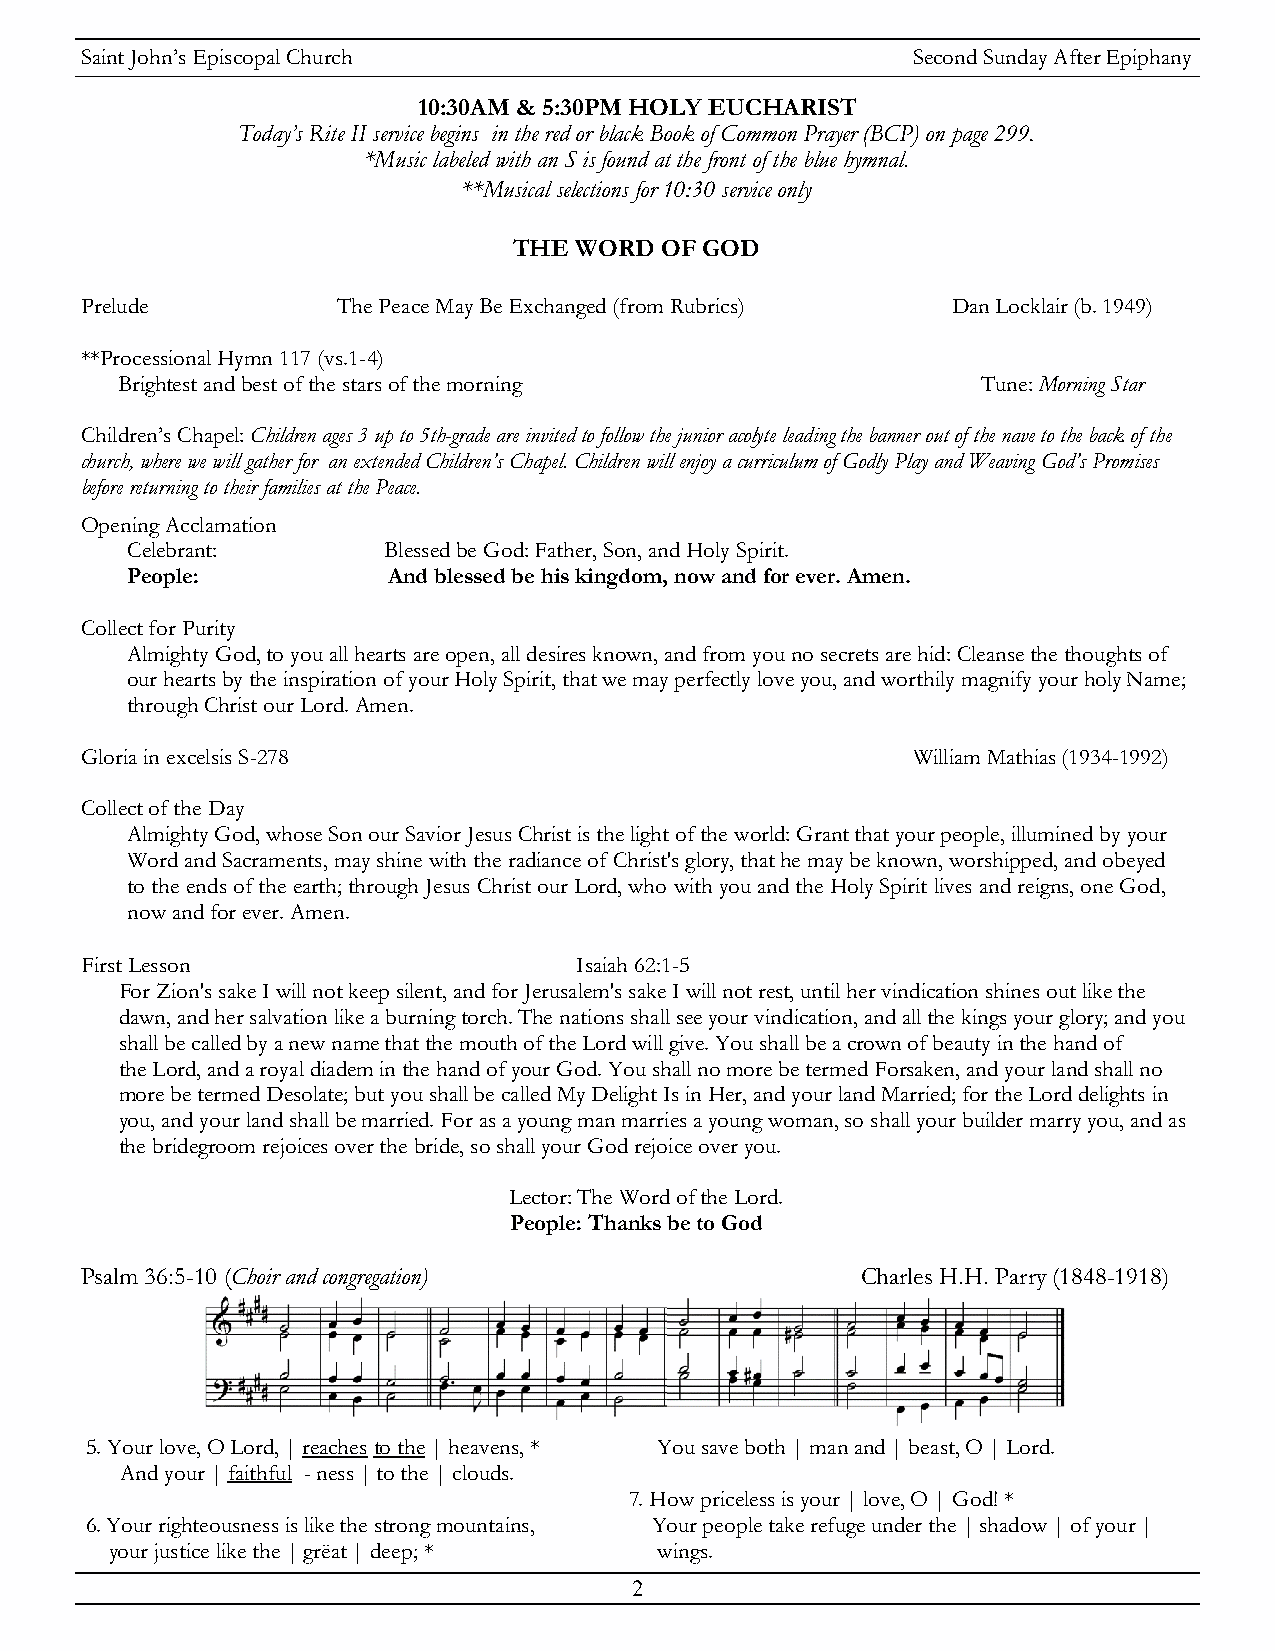
Saint John’s Episcopal Church                          Second Sunday After Epiphany
 10:30AM & 5:30PM HOLY EUCHARIST
 Today’s Rite II service begins in the red or black Book of Common Prayer (BCP) on page 299.
 *Music labeled with an S is found at the front of the blue hymnal.
 **Musical selections for 10:30 service only
 THE WORD  OF GOD
 Prelude          The Peace May Be Exchanged (from Rubrics) Dan Locklair (b. 1949)
 **Processional Hymn 117 (vs.1-4)
 Brightest and best of the stars of the morning           Tune: Morning Star
 Children’s Chapel: Children ages 3 up to 5th-grade are invited to follow the junior acolyte leading the banner out of the nave to the back of the
 church, where we will gather for an extended Children’s Chapel. Children will enjoy a curriculum of Godly Play and Weaving God’s Promises
 before returning to their families at the Peace.
 Opening Acclamation
 Celebrant:       Blessed be God: Father, Son, and Holy Spirit.
 People:           And blessed be his kingdom, now and for ever. Amen.
 Collect for Purity
 Almighty God, to you all hearts are open, all desires known, and from you no secrets are hid: Cleanse the thoughts of
 our hearts by the inspiration of your Holy Spirit, that we may perfectly love you, and worthily magnify your holy Name;
 through Christ our Lord. Amen.
 Gloria in excelsis S-278                               William Mathias (1934-1992)
 Collect of the Day
 Almighty God, whose Son our Savior Jesus Christ is the light of the world: Grant that your people, illumined by your
 Word and Sacraments, may shine with the radiance of Christ's glory, that he may be known, worshipped, and obeyed
 to the ends of the earth; through Jesus Christ our Lord, who with you and the Holy Spirit lives and reigns, one God,
 now and for ever. Amen.
 First Lesson                     Isaiah 62:1-5
 For Zion's sake I will not keep silent, and for Jerusalem's sake I will not rest, until her vindication shines out like the
 dawn, and her salvation like a burning torch. The nations shall see your vindication, and all the kings your glory; and you
 shall be called by a new name that the mouth of the Lord will give. You shall be a crown of beauty in the hand of
 the Lord, and a royal diadem in the hand of your God. You shall no more be termed Forsaken, and your land shall no
 more be termed Desolate; but you shall be called My Delight Is in Her, and your land Married; for the Lord delights in
 you, and your land shall be married. For as a young man marries a young woman, so shall your builder marry you, and as
 the bridegroom rejoices over the bride, so shall your God rejoice over you.
 Lector: The Word of the Lord.
 People: Thanks be to God
 Psalm 36:5-10 (Choir and congregation)              Charles H.H. Parry (1848-1918)
 5. Your love, O Lord, | reaches to the | heavens, * You save both | man and | beast, O | Lord.
 And your | faithful - ness | to the | clouds.
 7. How priceless is your | love, O | God! *
 6. Your righteousness is like the strong mountains, Your people take refuge under the | shadow | of your |
 your justice like the | grëat | deep; * wings.
 2